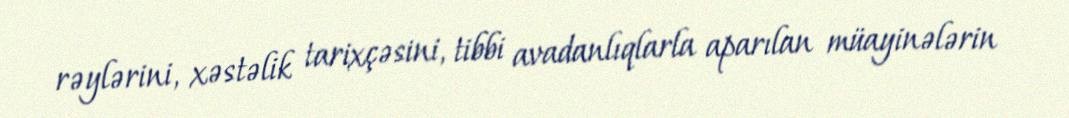
rəylərini, xəstəlik tarixçəsini, tibbi avadanlıqlarla aparılan müayinələrin